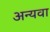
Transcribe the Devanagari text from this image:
अन्यवा